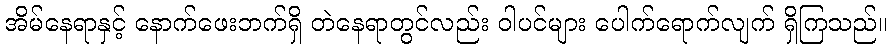
အိမ်နေရာနှင့် နောက်ဖေးဘက်ရှိ တဲနေရာတွင်လည်း ဝါပင်များ ပေါက်ရောက်လျက် ရှိကြသည်။